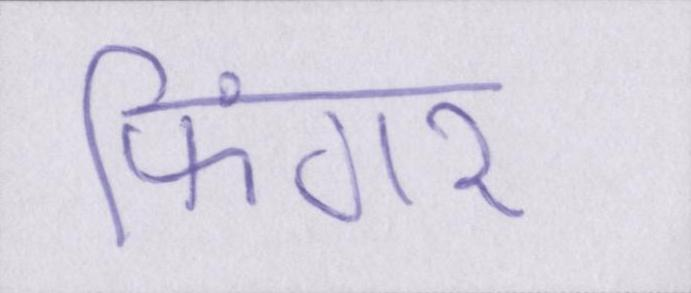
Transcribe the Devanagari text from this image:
फिंगर